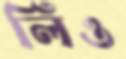
লিঁও